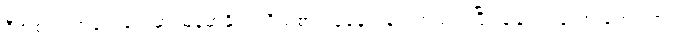
ဒီအစည်းအဝေးတွေမှာ မြန်မာနိုင်ငံကိုယ်စား ပြုနေရာနဲ့ ပတ်သက်ပြီး ချန်လှပ်ခဲ့တာ တွေ့ပါတယ်။